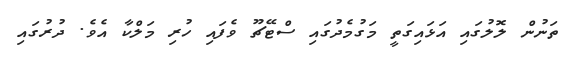
ތަނުން ލޮލުގައި އަޅައިގަތީ މަގުމެދުގައި ސްޓޭޗޫ ވެފައި ހުރި މަލްކާ އެވެ. ދުރުގައި